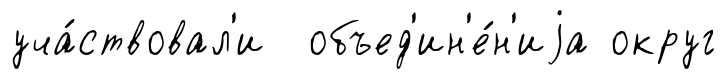
уча́ствовал'и объед'ин'е́н'иjа округ